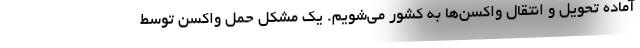
آماده تحویل و انتقال واکسن‌ها به کشور می‌شویم. یک مشکل حمل واکسن توسط